Report on vaccination in Madras 1922-1929 - 1922-1929
Year: 1922
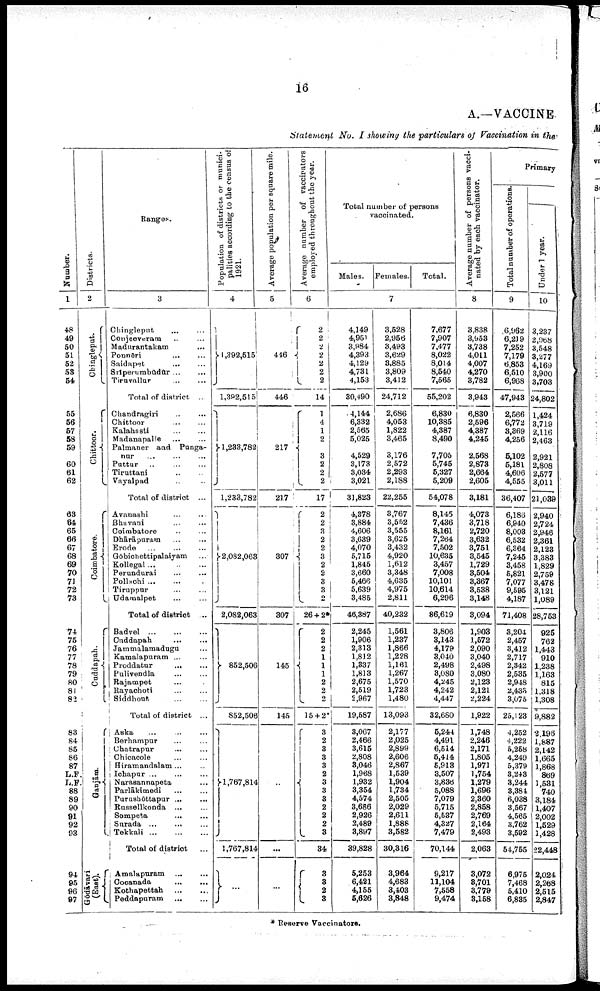
16
A.—VACCINE
Statement No. I showing the particulars of Vaccination in the
Number.
1
48
49
50
51
52
53
54
55
56
57
58
59
60
61
62
63
64
65
66
67
68
69
70
71
72
73
74
75
76
77
78
79
80
81
82
83
84
85
86
87
L.F
L.F
88
89
90
91
92
93
94
95
96
97
Districts.
2
Chíngleput.
Chittoor.
Coimbatore.
Cuddapah.
Ganjām.
Gōdāvari
(East).
Ranges.
3
Chingleput... ...
Conjeeveram... ...
Madurantakam... ...
Ponnēri...
...
Saidapet...
...
Sriperumbūdūr... ...
Tiruvallūr... ...
Total of district ...
Chandragiri... ...
Chittoor... ...
Kalahasti... ...
Madanapalle... ...
Palmaner and Punga-
nur... ... ...
Puttur...
...
Tiruttani... ...
Vayalpad... ...
Total of district ...
Avanashi... ...
Bhavani... ...
Coimbatore... ...
Dhārāpuram... ...
Erode...
...
Gōbichettipalaiyam...
Kollegal... ... ...
Perundurai... ...
Pollachi... ...
Tiruppur... ...
Udamalpet... ...
Total of district ...
Badvel... .... ...
Cuddapah... ...
Jammalamadugu... ...
Kamalapuram... ...
Proddatur... ...
Pulivendla... ...
Rajampet... ...
Rayachoti... ...
Siddhout... ...
Total of district ...
Aska ... ...
Berhampur... ...
Chatrapur... ...
Chicacole... ...
Hiramandalam ... ...
Ichapur... ...
Narasannapeta... ...
Parlākimedi... ...
Purushōttapur ...
...
Rassellkonda... ...
Sompeta... ...
Sarada... ...
Tekkali... ...
Total of district...
Amalapuram... ... ...
Cocanada... ...
Kothapettah...
...
Peddapuram...
...
Population of districts or munici
palities according to the census of
1921.
4
1,392,515
1,392,515
1,233,782
1,233,782
2,082,063
2,082,063
852,506
852,506
1,767,814
1,767,814
...
Average population per square mile.
5
446
446
217
217
307
307
145
145
..
...
...
Average number of vaccinators
employed throughout the year.
6
2
2 2
2
2
2
2
14
1
4
1
2
3
2
2
2
17
2
2 3
2 2
3
2
2
3
3
2
26 + 2*
2
2
2
1
1
1
2
2
2
15 + 2*
3
2
3
3
3
2
3
3
3 2
2
2
3
34
3
3
2
3
Total number of persons
vaccinated.
Males.
Females.
Total.
7
4,149
4,951
3,984
4,393
4,129
4,731
4,153
30,490
4,144
6,332
2,565
5,025
4,529
3,173
3,034
3,021
31,823
4,378
3,884
4,606
3,639
4,070
5,715
1,845
3,660
5,466
5,639
3,485
46,387
2,245
1,906
2,313
1,812
1,337
1,813
2,675
2,519
2,967
19,587
3,067
2,466
3,615
2,808
3,046
1,968
1,932
3,354
4,574
3,686
2,926
2,489
3,897
39,828
5,253
6,421
4,155
5,626
3,528
2,956
3,493
3,629
3,885
3,809
3,412
24,712
2,686
4,053
1,822
3,465
3,176
2,572
2,293
2,188
22,255
3,767
3,552
3,555
3,625
3,432
4,920
1,612
3,348
4,635
4,975
2,811
40,232
1,561
1,237
1,866
1,228
1,161
1,267
1,570
1,723
1,480
13,093
2,177
2,025
2,899
2,606
2,867
1,539
1,904
1,734
2,505
2,029
2,611
1,888
3,582
30,316
3,964
4,683
3,403
3,848
7,677
7,907
7,477
8,022
8,014
8,540
7,565
55,202
6,830
10,385
4,387
8,490
7,705
5,745
5,327
5,209
54,078
8,145
7,436
8,161
7,264
7,502
10,635
3,457
7,008
10,101
10,614
6,296
86,619
3,806
3,143
4,179
3,010
2,498
3,080
4,245
4,242
4,447
32,680
5,244
4,491
6,514
5,414
5,913
3,507
3,836
5,088
7,079
5,715
5,537
4,327
7,479
70,144
9,217
11,104
7,558
9,474
Average number of persons vacci
nated by each vaccinator.
8
3,838
3,953
3,738
4,011
4,007
4,270
3,782
3,943
6,830
2,596
4,387
4,245
2,568
2,873
2,664
2,605
3,181
4,073
3,718
2,720
3,632
3,751
3,545
1,729
3,504
3,367
3,538
3,148
3,094
1,903
1,572
2,090
3,040
2,498
3,080
2,123
2,121
2,224
1,922
1,748
2,246
2,171
1,805
1,971
1,754
1,279
1,696
2,360
2,858
2,769
2,164
2,493
2,063
3,072
3,701
3,779
3,158
Primary
Total number of operations.
9
6,962
6,219
7,252
7,179
6,853
6,510
6,968
47,943
2,566
6,772
3,369
4,256
5,102
5,181
4,606
4,555
36,407
6,186
6,940
8,003
6,532
6,364
7,245
3,458
5,821
7,077
9,595
4,187
71,408
3,204
2,457
3,412
2,717
2,342
2,535
2,948
2,433
3,075
25,123
4,252
4,222
5,258
4,249
5,379
3,243
3,244
3,384
6,038
3,567
4,565
3,762
3,592
54,755
6,975
7,468
5,410
6,835
Under 1 year.
10
3,237
2,968
3,548
3,277
4,169
3,900
3,703
24,802
1,424
3,719
2,116
2,463
2,921
2,808
2,577
3,011
21,039
2,940
2,724
2,946
2,361
2,123
3,383
1,829
2,759
3,478
3,121
1,089
28,753
925
762
1,443
910
1,238
1,168
815
1,318
1,308
9,882
2,196
1,887
2,142
1,665
1,868
869
1,531
740
3,184
1,407
2,002
1,529
1,428
22,448
2,024
2,268
2,515
2,847
* Reserve Vaccinators.